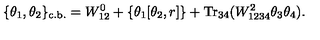
\{ \theta _ { 1 } , \theta _ { 2 } \} _ { \mathrm { c . b . } } = W _ { 1 2 } ^ { 0 } + \left\{ \theta _ { 1 } [ \theta _ { 2 } , r ] \right\} + \mathrm { T r } _ { 3 4 } ( W _ { 1 2 3 4 } ^ { 2 } \theta _ { 3 } \theta _ { 4 } ) .